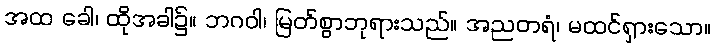
အထ ခေါ၊ ထိုအခါ၌။ ဘဂဝါ၊ မြတ်စွာဘုရားသည်။ အညတရံ၊ မထင်ရှားသော။